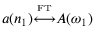
a ( n _ { 1 } ) { \overset { \underset { \mathrm { F T } } { } } { \longleftrightarrow } } A ( \omega _ { 1 } )